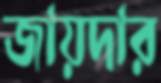
জায়দার